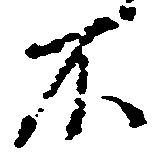
不